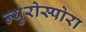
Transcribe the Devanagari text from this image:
न्युरोस्पोरा